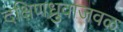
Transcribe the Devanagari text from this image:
दक्षिणध्रुवाजवळ